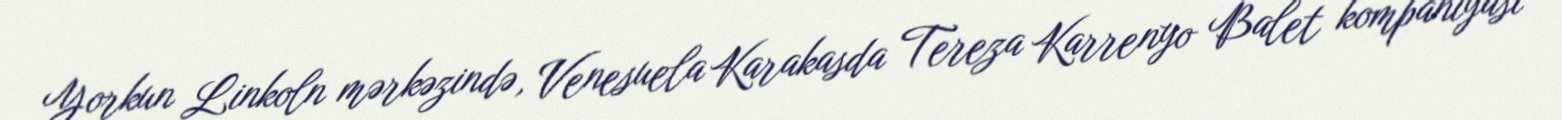
Yorkun Linkoln mərkəzində, Venesuela Karakasda Tereza Karrenyo Balet kompaniyası